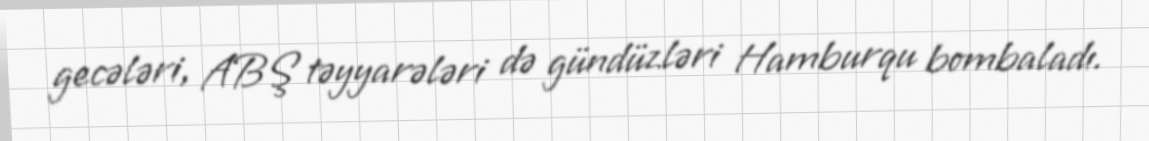
gecələri, ABŞ təyyarələri də gündüzləri Hamburqu bombaladı.